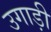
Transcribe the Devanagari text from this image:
उगाड़ी